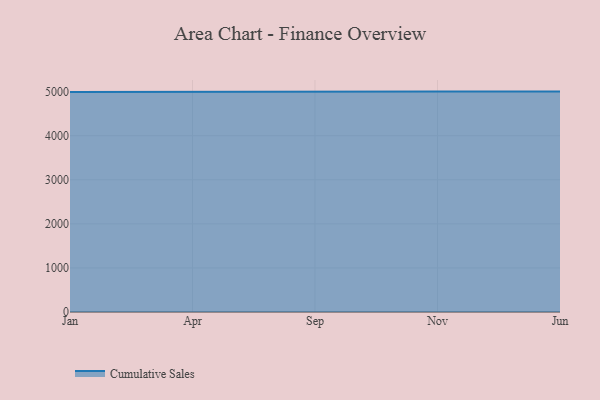
{"axis": {"x": "Month", "y": "Humidity (%)"}, "legend": ["Cumulative Sales"], "data": [{"x": "Jan", "y": 4993.1, "type": "Cumulative Sales"}, {"x": "Apr", "y": 5000, "type": "Cumulative Sales"}, {"x": "Sep", "y": 5000, "type": "Cumulative Sales"}, {"x": "Nov", "y": 5000, "type": "Cumulative Sales"}, {"x": "Jun", "y": 5000, "type": "Cumulative Sales"}]}